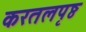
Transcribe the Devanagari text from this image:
करतलपृष्ठ